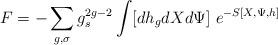
LaTeX: \begin{align*}F=-\sum_{g,\sigma}g_s^{2g-2} \int [dh_gdXd\Psi]~e^{-S[X,\Psi,h]}\end{align*}